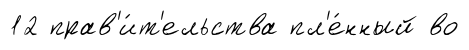
12 прав'и́т'ельства пл'е́нный во